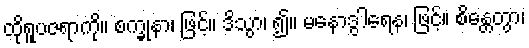
ထိုရူပဇရာကို။ စက္ခုနာ၊ ဖြင့်။ ဒိသွာ၊ ၍။ မနောဒွါရေန၊ ဖြင့်။ စိန္တေတွာ၊